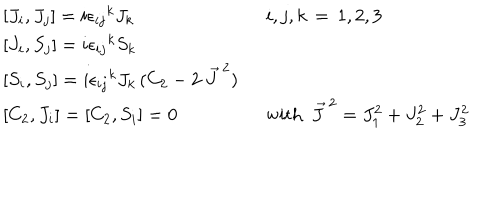
\begin{array} { l l } { { { [ } J _ { i } , J _ { j } ] = i { \epsilon _ { i j } } ^ { k } J _ { k } } } & { { i , j , k \, = \, 1 , 2 , 3 } } \\ { { { [ } J _ { i } , S _ { j } ] = i { \epsilon _ { i j } } ^ { k } S _ { k } } } & { { } } \\ { { { [ } S _ { i } , S _ { j } ] = i { \epsilon _ { i j } } ^ { k } J _ { k } \, ( C _ { 2 } - 2 \ { \vec { J } \, } ^ { 2 } ) \ \ } } & { { } } \\ { { { [ } C _ { 2 } , J _ { i } ] = [ C _ { 2 } , S _ { i } ] = 0 } } & { { \mathrm { w i t h ~ } \ { \vec { J } \, } ^ { 2 } = J _ { 1 } ^ { 2 } + J _ { 2 } ^ { 2 } + J _ { 3 } ^ { 2 } } } \\ \end{array}